Report on vaccination in Madras 1904-1921 - 1904-1921
Year: 1904
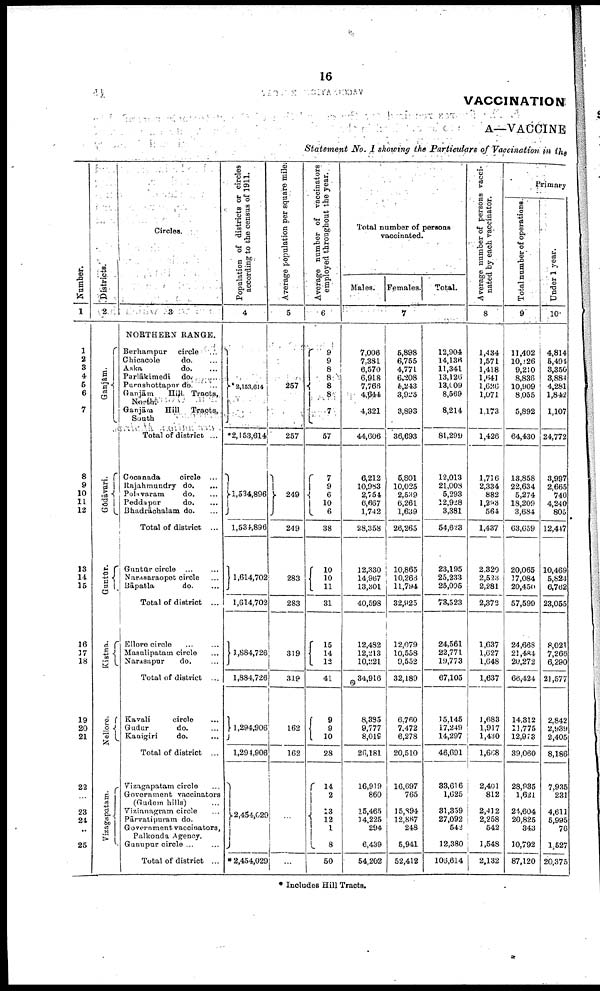
16
VACCINATION
A—VACCINE
Statement No. I showing the Particulars of Vaccination in the
Number.
1
1
2
3
4
6
6
7
8
9
10
11
12
13
14
15
16
17
18
19
20
21
22
23
24
25
Districts.
2
Ganjam.
Godāvari.
Guntūr.
Kistna.
Nellore.
Vizagapatam.
Circles.
3
NORTHERN RANGE.
Berhampur circle ...
Chicacole
do. ...
Aska
do. ...
Parlākimedi do.
...
Purnshottapur do.
...
(Ganjām Hill. Tracts,
North.
Ganjām
Hill Tracts ,
South
Total of district ...
Cocanada
circle ...
Rajahmundry do.
...
Polavaram
do. ...
Peddapur
do. ...
Bhadrāchalam do. ...
Total of district ...
Guntūr circle ... ...
Narasaraopet circle ...
Bāpatla
do. ...
Total of district ...
Ellore circle ... ...
Masulipatam circle ...
Narasapur
do. ...
Total of district ...
Kavali
circle ...
Gudur
do. ...
Kanigiri
do. ...
Total of district ...
Vizagapatam circle ...
Government vaccinators
(Gudem hills) ...
Vizianagram circle ...
Pārvatipuram do.
Government vaccinators,
Palkonda Agency.
Gunupur circle ... ...
Total of district ...
Population of districts or circles
according to the census of 1911.
4
2,153,614
*2,153,614
1,534,896
1,534,896
1,614,702
1,614,702
1,884,726
1,884,726
1,294,906
1,294,906
2,454,029
* 2,454,029
Average population per square mile.
5
257
257
249
249
283
283
319
319
162
162
...
...
Average number of vaccinators
employed throughout the year.
6
9
9
8
8
8
8
7
57
7
9
6
10
6
38
10
10
11
31
15
14
12
41
9
9
10
28
14
2
13 12
1
8
50
Total number of persons
vaccinated.
Males. Females.
Total.
7
7,006
7,381
6,570
6,918
7,766
4,644
4,321
44,606
6,212
10,983
2,754
6,667
1,742
28,358
12,330
14,967
13,301
40,598
12,482
12,213
10,221
34,916
8,385
9,777
8,019
26,181
16,919
860
15,465
14,225
294
6,439
54,202
5,898
6,755
4,771
6,208
6,243
3,925
3,893
36,693
5,801
10,025
2,539
6,261
1,639
26,265
10,865
10,266
11,794
32,925
12,079
10,558
9,552
32,189
6,760
7,472
6,278
20,510
16,697
765
15,894
12,867
248
5,941
52,412
12,904
14,136
11,341
13,126
13,009
8,569
8,214
8l,299
12,013
21,008
5,293
12,928
3,381
54,623
23,195
25,233
25,095
78,523
24,561
22,771
19,773
67,105
15,145
17,249
14,297
46,691
33,616
1,625
31,359
27,092
542
12,380
106,614
Average number of persons vacci-
nated
by
each
vaccinator.
8
1,434
1,571
1,418
1,641
1,626
1,071
1,173
1,426
1,716
2,334
882
1,293
564
1,437
2,320
2,523
2,281
2,372
1,637
1,627
1,648
1,637
1,683
1,917
1,430
1,668
2,401
812
2,412
2,258
542
1,548
2,132
Primary
Total number of operations.
9
11,402
10,126
9,210
8,836
10,909
8,055
5,892
64,430
13,858
22,634
5,274
18,209
3,684
63,659
20,065
17,084
20,450
57,599
24,668
21,484
20,272
66,424
14,312
11,775
12,973
39,060
28,935
1,621
24,604
20,825
343
10,792
87,120
Under 1 year.
10
4,814
5,494
3,350
3,884
4,281
1,842
1,107
24,772
3,997
2,665
740
4,240
805
12,447
10,469
5,824
6,762
23,055
8,021
7,266
6,290
21,577
2,842
2,939
2,405
8,186
7,935
231
4,611
5,995
76
1,527
20,375
* Includes Hill Tracts.